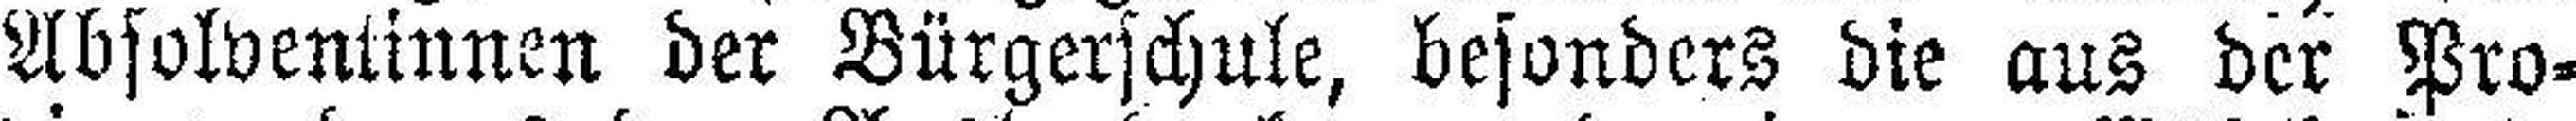
Absolventinnen der Bürgerschule, besonders die aus der Pro¬